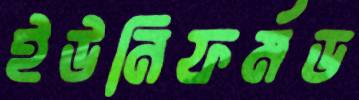
ইউনিফর্মড